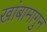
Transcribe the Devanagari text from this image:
खांबामागुन